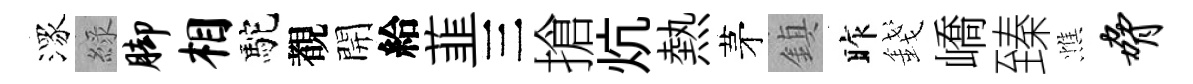
潈綠脚相駝覩開給韮三搶炕熱茅鎮昨錢嶠臻憔胁